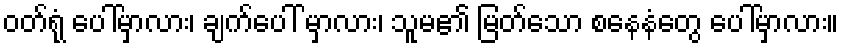
ဝတ်ရုံ ပေါ်မှာလား၊ ချက်ပေါ် မှာလား၊ သူမ၏ မြတ်သော စနေနံတွေ ပေါ်မှာလား။